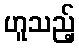
ဟူသည့်